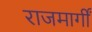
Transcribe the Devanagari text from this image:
राजमार्गीं